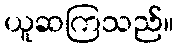
ယူဆကြသည်။